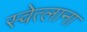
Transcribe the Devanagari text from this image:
स्वेत्लाना